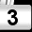
Digit: 3